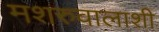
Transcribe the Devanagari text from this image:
मशरुवालाशी